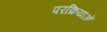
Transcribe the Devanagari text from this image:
परक्रियाओं